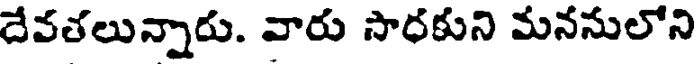
దేవతలున్నారు. వారు సాధకుని మననులోని